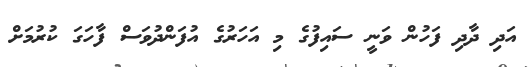
އަދި ދާދި ފަހުން ވަނީ ސައިފުގެ މި އަހަރުގެ އުފަންދުވަސް ފާހަގަ ކުރުމަށް